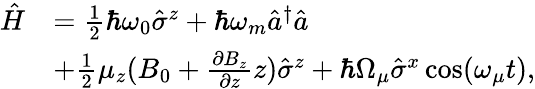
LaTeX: \begin{array}{rl}{\hat{H}}&{=\frac{1}{2}\hbar\omega_{0}\hat{\sigma}^{z}+\hbar\omega_{m}\hat{a}^{\dagger}\hat{a}}\\ &{+\frac{1}{2}\mu_{z}(B_{0}+\frac{\partial B_{z}}{\partial z}z)\hat{\sigma}^{z}+\hbar\Omega_{\mu}\hat{\sigma}^{x}\cos(\omega_{\mu}t),}\end{array}